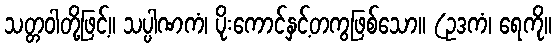
သတ္တဝါတို့ဖြင့်။ သပ္ပါဏကံ၊ ပိုးကောင်နှင့်တကွဖြစ်သော။ (ဥဒကံ၊ ရေကို။